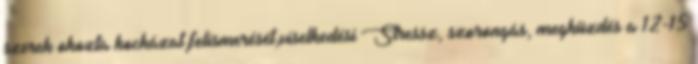
szerek okozta kockázat felismerését,viselkedési Stressz, szorongás, megküzdés a 12-15